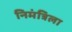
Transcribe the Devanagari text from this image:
निमंत्रिला